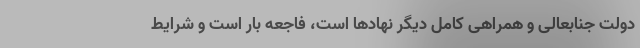
دولت جنابعالی و همراهی کامل دیگر نهادها است، فاجعه بار است و شرایط